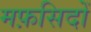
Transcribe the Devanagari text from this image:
मफ़सिदों